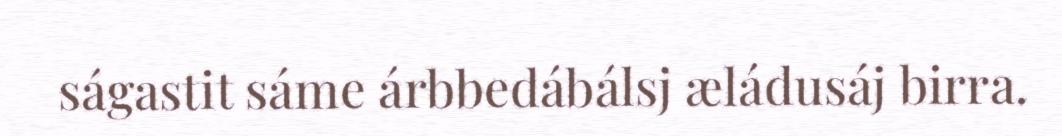
ságastit sáme árbbedábálsj æládusáj birra.